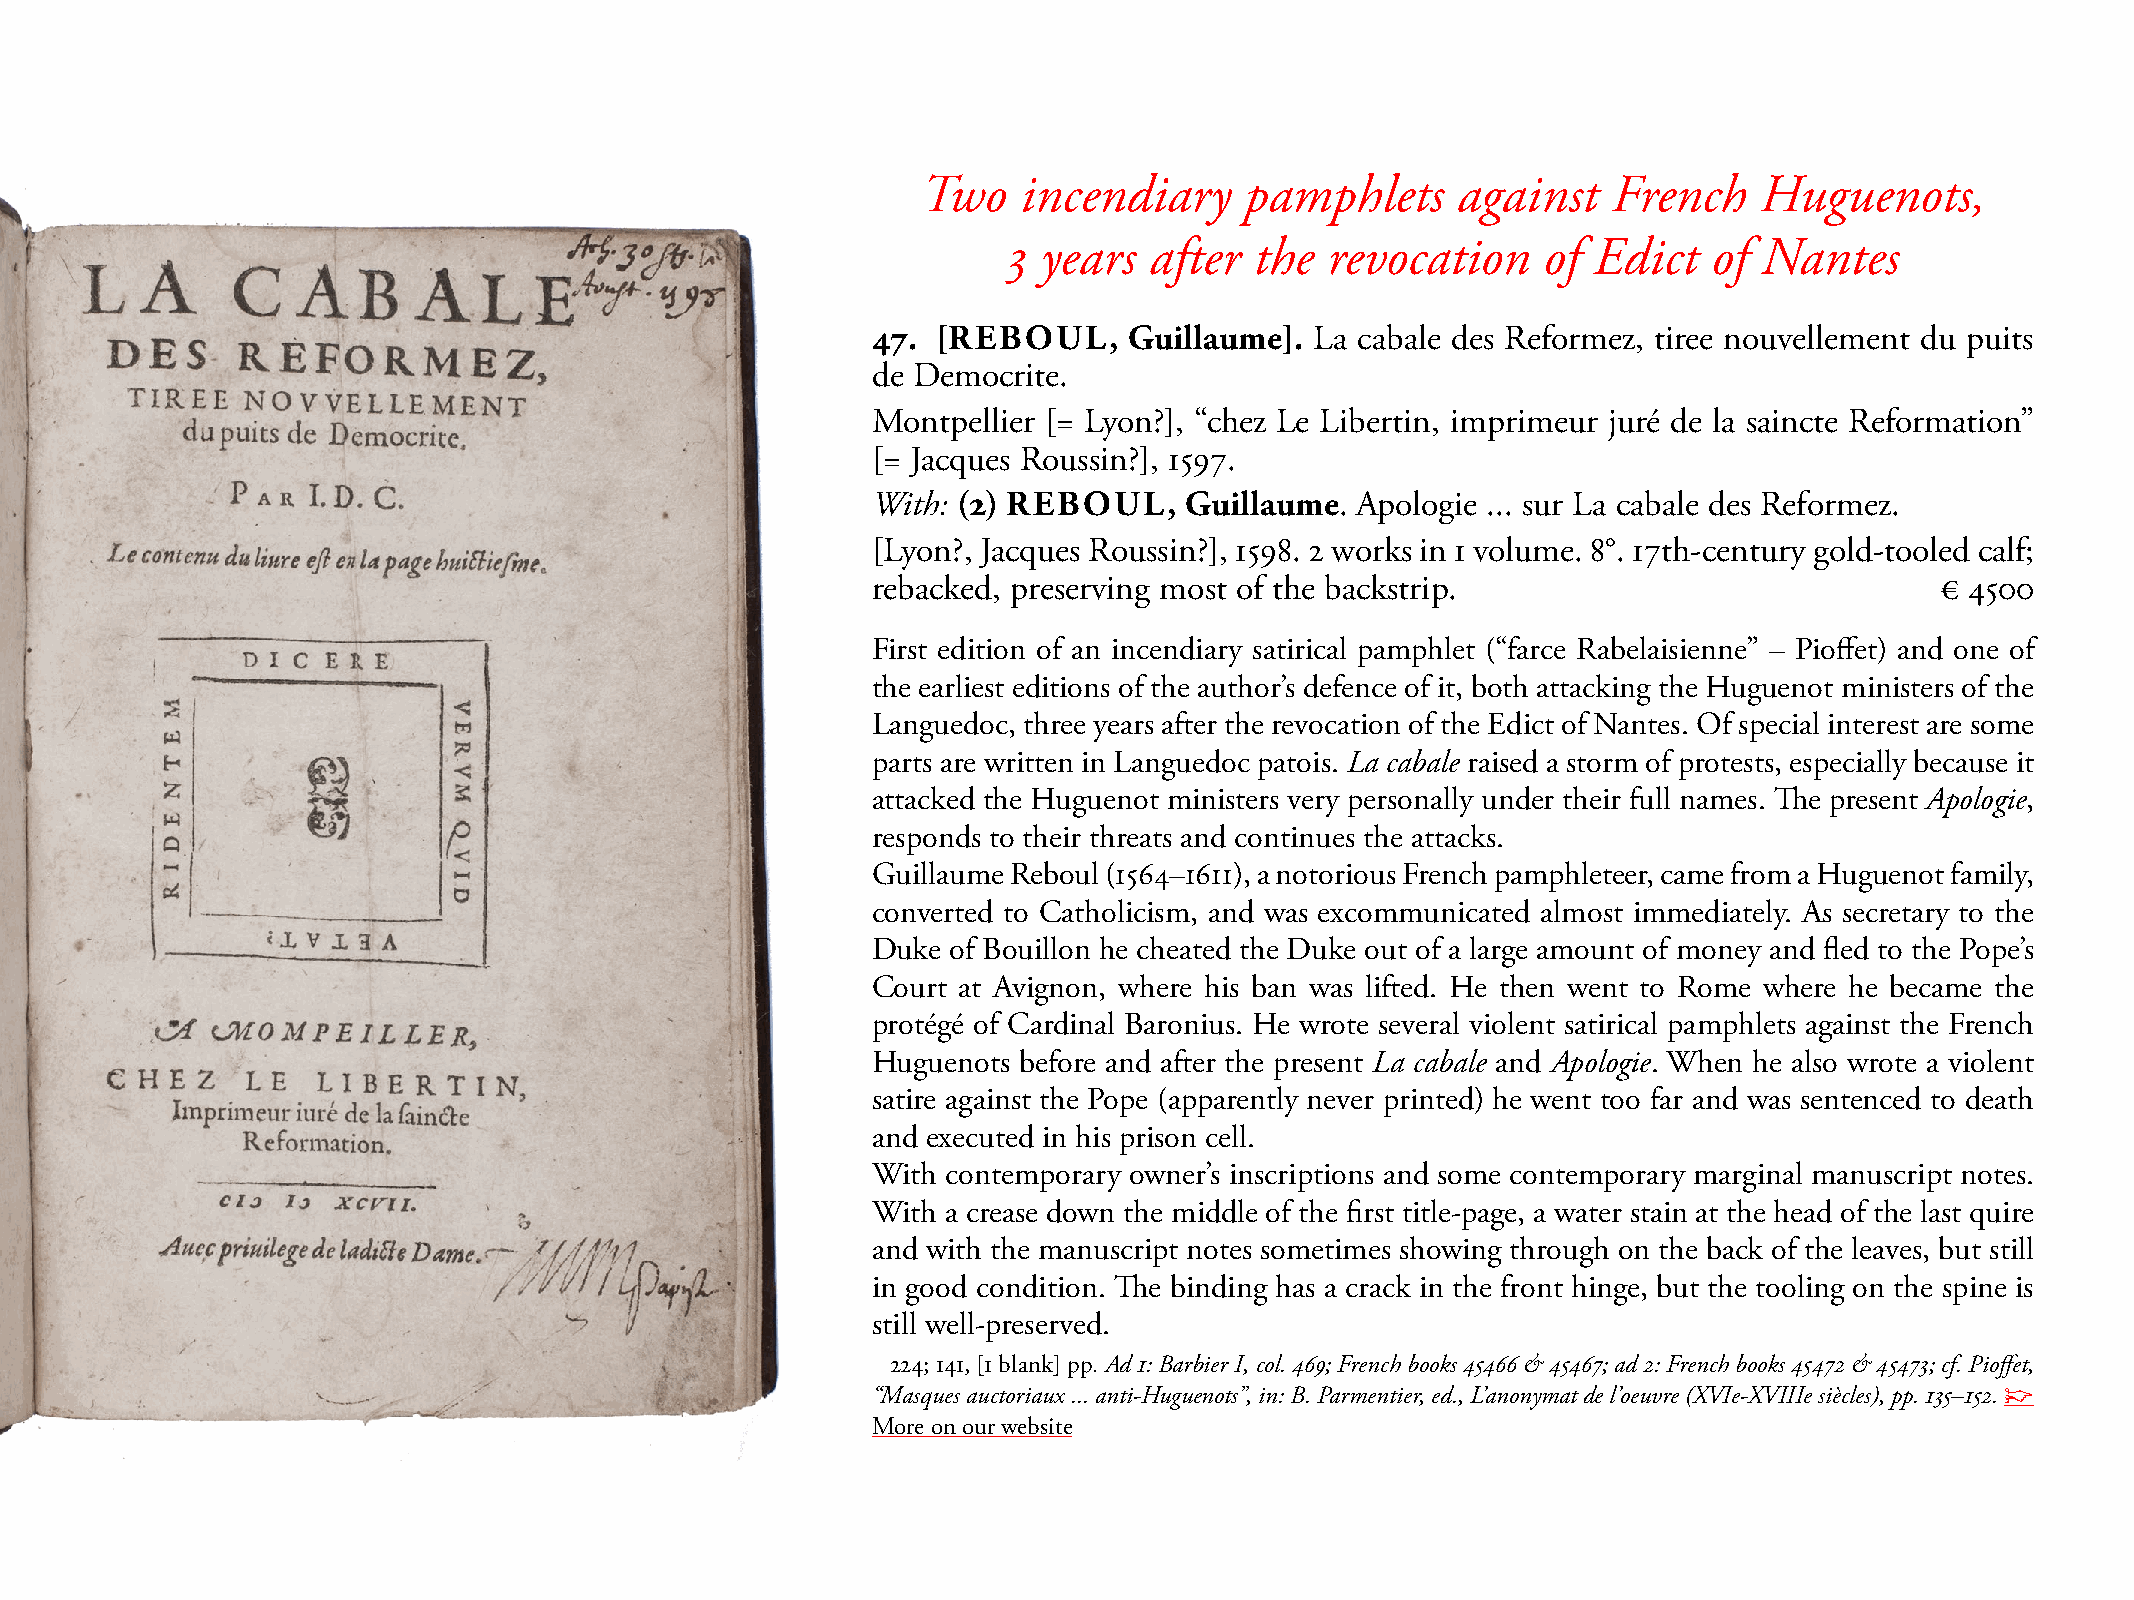
Two    incendiary    pamphlets     against    French   Huguenots,
 3 years  after  the  revocation    of Edict   of  Nantes
 47. [REBOUL,     Guillaume]. La cabale des Reformez, tiree nouvellement du puits
 de Democrite.
 montpellier [= Lyon?], “chez Le Libertin, imprimeur juré de la saincte Reformation”
 [= Jacques Roussin?], 1597.
 With: (2) REBOUL,   Guillaume.  Apologie ... sur La cabale des Reformez.
 [Lyon?, Jacques Roussin?], 1598. 2 works in 1 volume. 8°. 17th-century gold-tooled calf;
 rebacked, preserving most of the backstrip.                           € 4500
 First edition of an incendiary satirical pamphlet (“farce Rabelaisienne” – Pioffet) and one of
 the earliest editions of the author’s defence of it, both attacking the Huguenot ministers of the
 Languedoc, three years after the revocation of the Edict of Nantes. Of special interest are some
 parts are written in Languedoc patois. La cabale raised a storm of protests, especially because it
 attacked the Huguenot ministers very personally under their full names. The present Apologie,
 responds to their threats and continues the attacks.
 Guillaume Reboul (1564–1611), a notorious French pamphleteer, came from a Huguenot family,
 converted to Catholicism, and was excommunicated almost immediately. As secretary to the
 Duke of Bouillon he cheated the Duke out of a large amount of money and fled to the Pope’s
 Court at Avignon, where his ban was lifted. He then went to Rome where he became the
 protégé of Cardinal Baronius. He wrote several violent satirical pamphlets against the French
 Huguenots before and after the present La cabale and Apologie. When he also wrote a violent
 satire against the Pope (apparently never printed) he went too far and was sentenced to death
 and executed in his prison cell.
 With contemporary owner’s inscriptions and some contemporary marginal manuscript notes.
 With a crease down the middle of the first title-page, a water stain at the head of the last quire
 and with the manuscript notes sometimes showing through on the back of the leaves, but still
 in good condition. The binding has a crack in the front hinge, but the tooling on the spine is
 still well-preserved.
 224; 141, [1 blank] pp. Ad 1: Barbier I, col. 469; French books 45466 & 45467; ad 2: French books 45472 & 45473; cf. Pioffet,
 “Masques auctoriaux ... anti-Huguenots”, in: B. Parmentier, ed., L’anonymat de l’oeuvre (XVIe-XVIIIe siècles), pp. 135–152. ☞
 more on our website